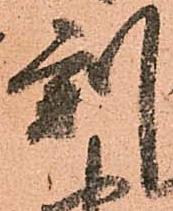
刻